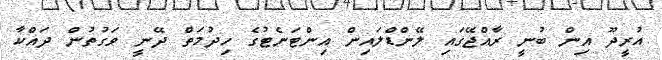
އުރީދޫ އިން ބުނީ ރާއްޖޭގައި ލޭންޑްލައިން އިންޓަނެޓުގެ ހިދުމަތް ދޭނީ ވަގުތުން ދައްކާ